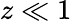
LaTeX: z\ll 1